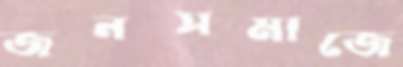
জনসমাজে